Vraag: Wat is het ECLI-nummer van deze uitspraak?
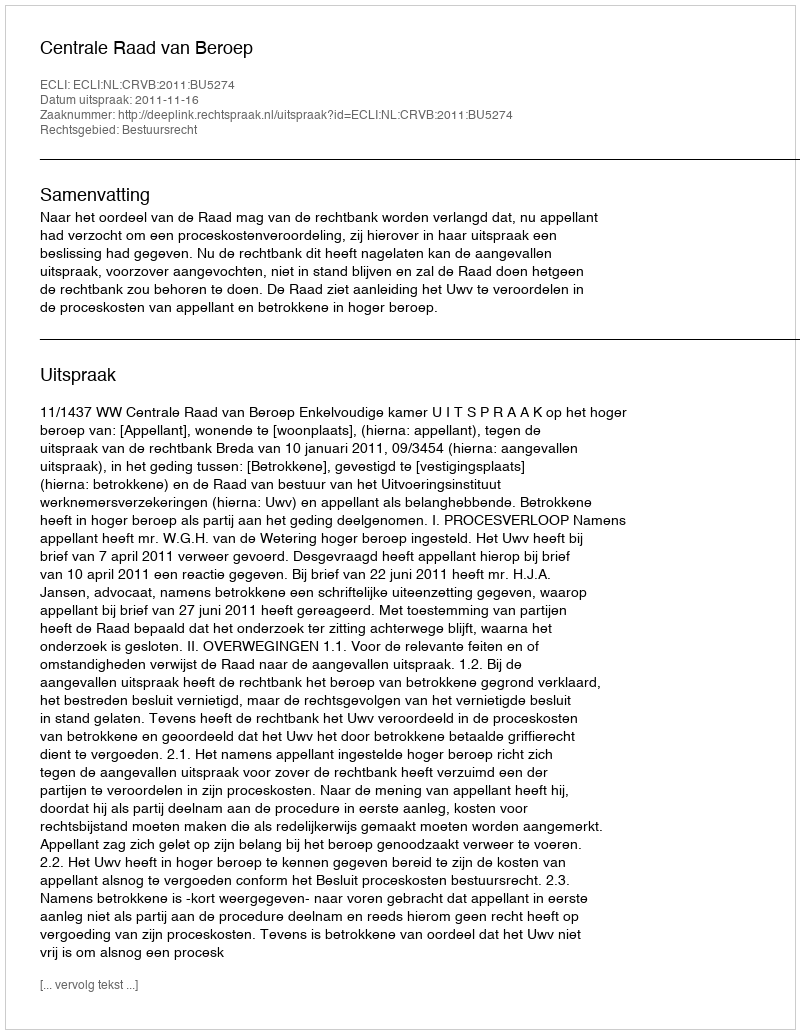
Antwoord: ECLI:NL:CRVB:2011:BU5274